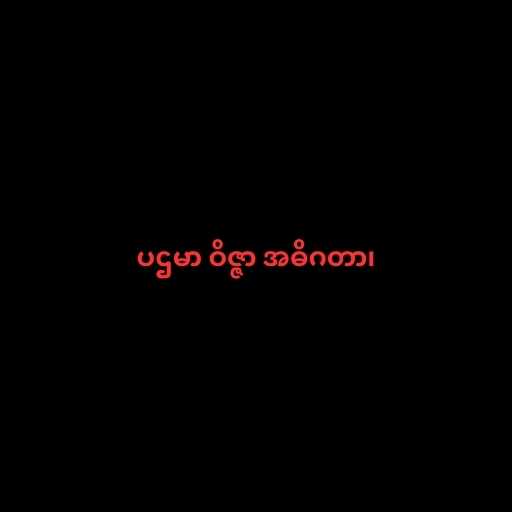
ပဌမာ ဝိဇ္ဇာ အဓိဂတာ၊